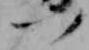
つ